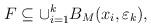
LaTeX: \begin{align*}F\subseteq\cup_{i=1}^kB_M(x_i,\varepsilon_k),\end{align*}